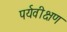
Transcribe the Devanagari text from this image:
पर्यवीक्षण